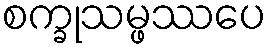
စက္ခုသမ္ဖဿပေ